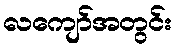
လကျော်အတွင်း